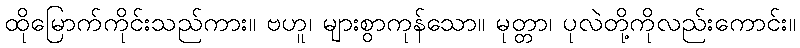
ထိုမြောက်ကိုင်းသည်ကား။ ဗဟူ၊ များစွာကုန်သော။ မုတ္တာ၊ ပုလဲတို့ကိုလည်းကောင်း။